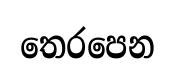
තෙරපෙන